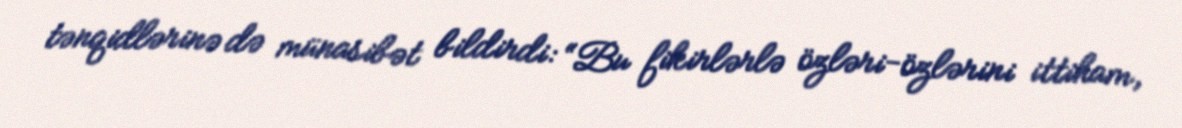
tənqidlərinə də münasibət bildirdi: “Bu fikirlərlə özləri-özlərini ittiham,